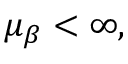
\mu _ { \beta } < \infty ,